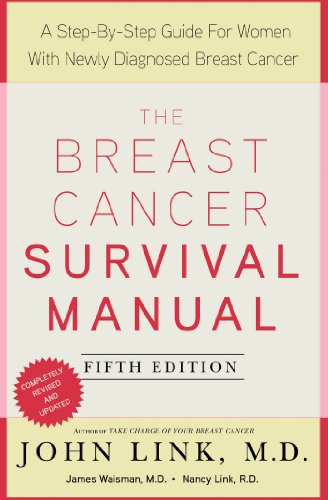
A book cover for The Breast Cancer Survival Manual, Fifth Edition: A Step-by-Step Guide for Women with Newly Diagnosed Breast Cancer; John Link; Health, Fitness & Dieting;